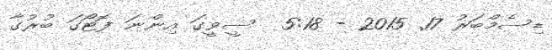
ޑިސެމްބަރު 17